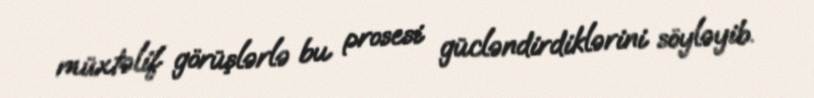
müxtəlif görüşlərlə bu prosesi gücləndirdiklərini söyləyib.